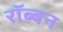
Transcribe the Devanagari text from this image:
रॉब्‍बन